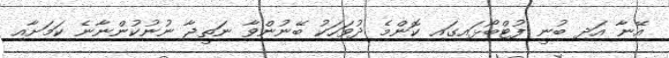
އޭނާ އަދި ބުނީ ފުޓްބޯޅައިގައި ކޮންމެ ދުވަހަކު ބޭނުންވާ ނަތީޖާ ނުނުކުންނާނެ ކަމަށާއި